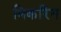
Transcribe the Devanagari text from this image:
मिकरिंग